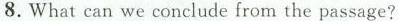
8.What can we conclude from the passage?